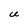
Character: U